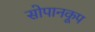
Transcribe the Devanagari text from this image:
सोपानकूप